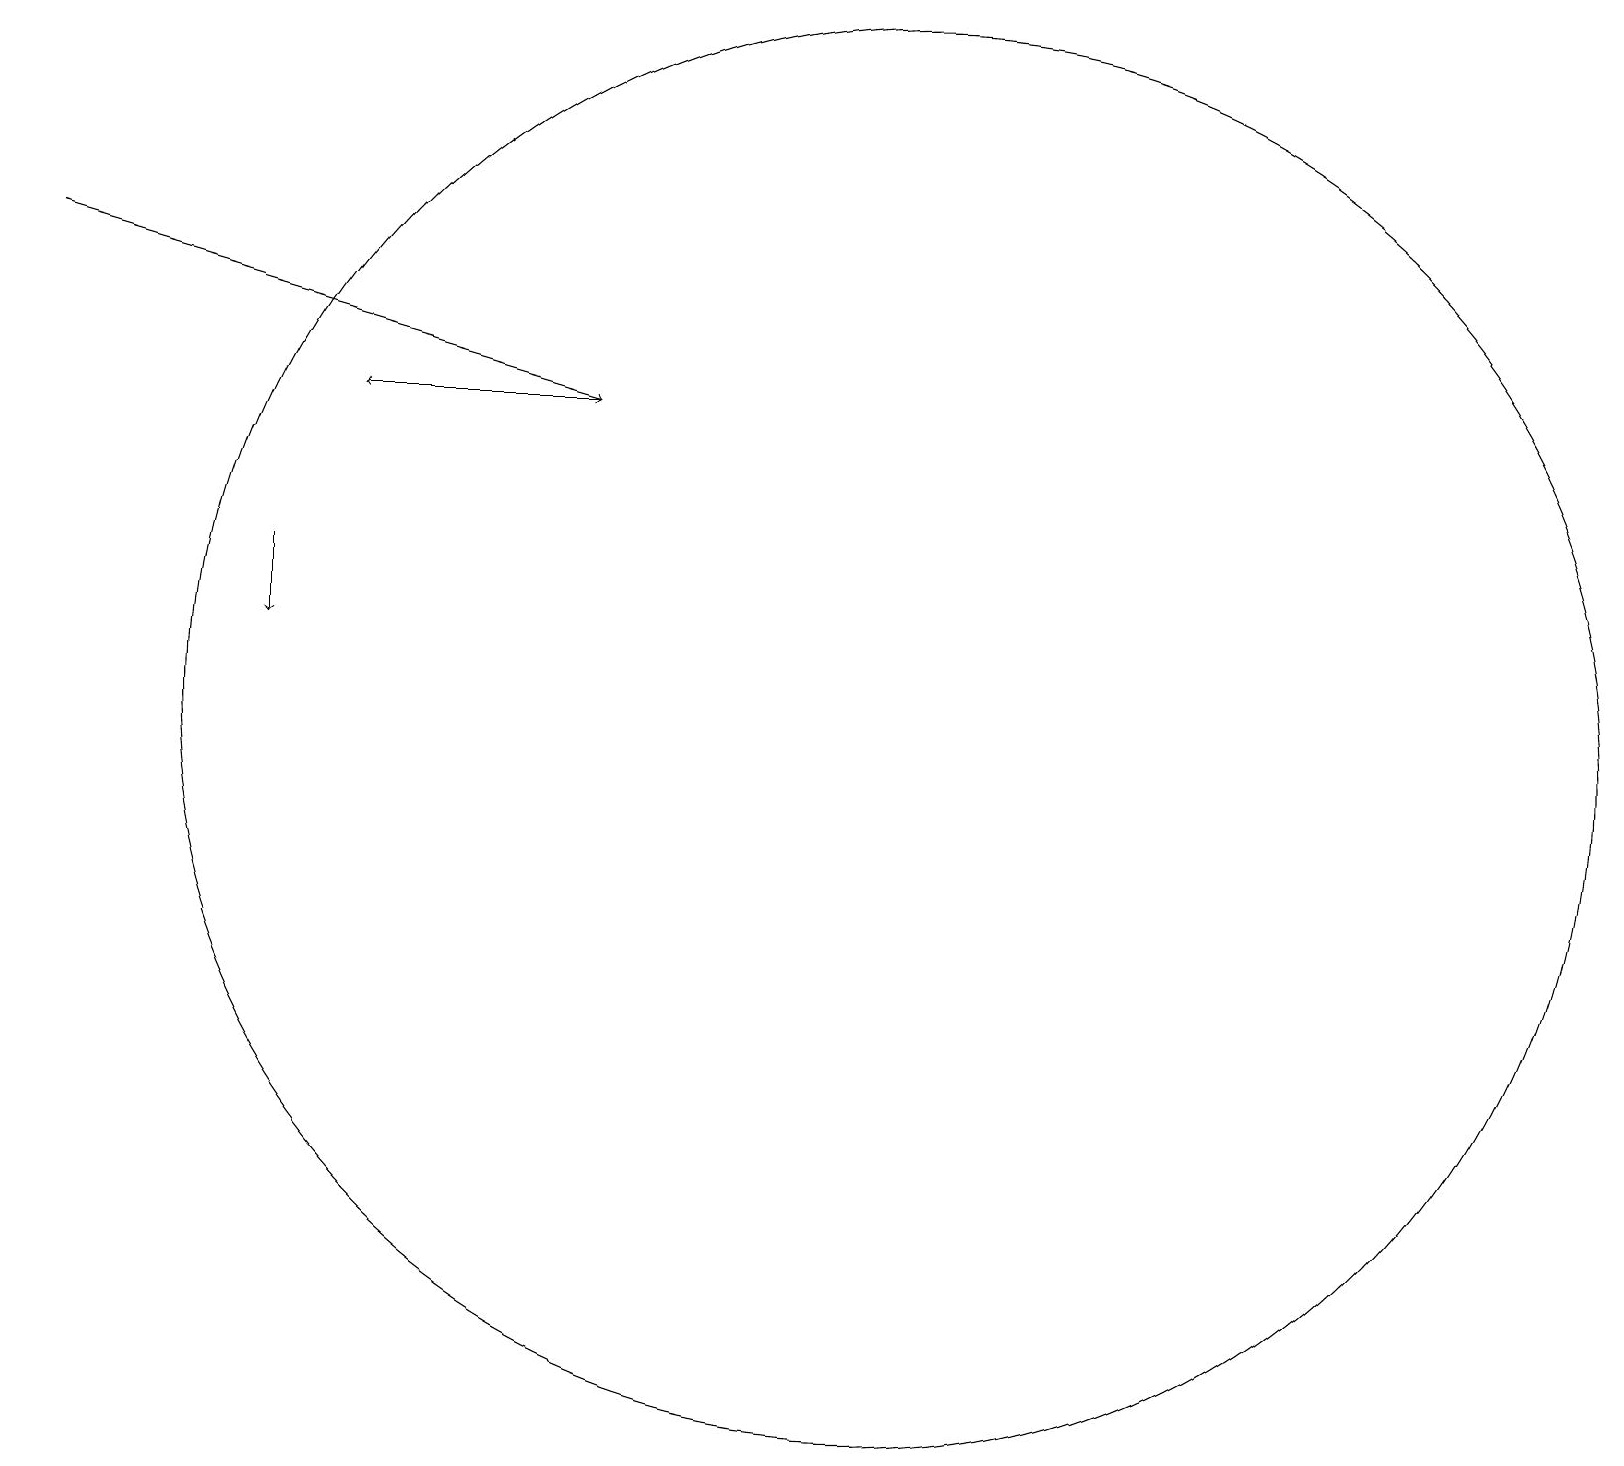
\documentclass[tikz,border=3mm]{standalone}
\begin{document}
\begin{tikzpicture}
\draw[->] (0,17) -- (7,15);
\draw[->] (3,13) -- (3,12);
\draw (11,11) circle (9);
\draw[->] (7,15) -- (4,15);
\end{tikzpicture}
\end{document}